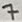
Text: 7